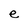
Character: e